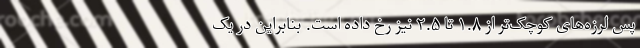
پس لرزه‌های کوچک‌تر از ۱.۸ تا ۲.۵ نیز رخ داده است. بنابراین در یک